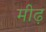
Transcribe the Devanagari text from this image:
मीढ़